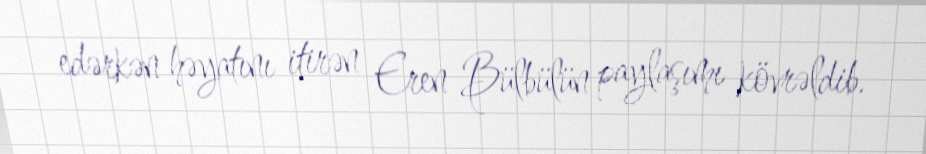
edərkən həyatını itirən Eren Bülbülün paylaşımı kövrəldib.